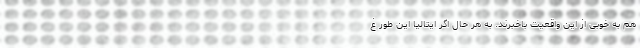
هم به خوبی از این واقعیت باخبرند. به هر حال اگر ایتالیا این طور غ